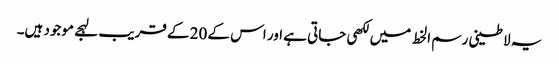
یہ لاطینی رسم الخط میں لکھی جاتی ہے اور اس کے 20 کے قریب لہجے موجود ہیں۔